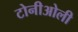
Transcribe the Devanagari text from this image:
टोनीओली